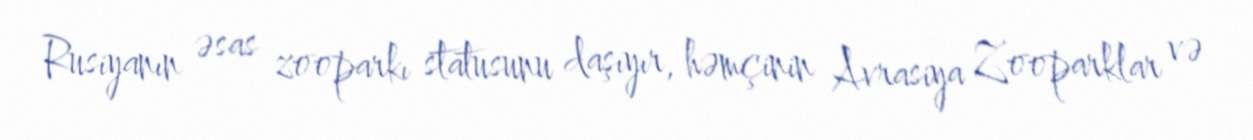
Rusiyanın əsas zooparkı statusunu daşıyır, həmçinin Avrasiya Zooparklar və